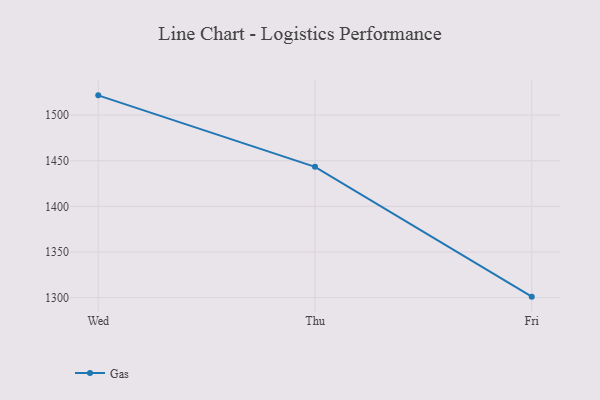
{"axis": {"x": "Day", "y": "Satisfaction Score"}, "legend": ["Gas"], "data": [{"x": "Wed", "y": 1521.6, "type": "Gas"}, {"x": "Thu", "y": 1443.3, "type": "Gas"}, {"x": "Fri", "y": 1301.1, "type": "Gas"}]}